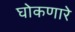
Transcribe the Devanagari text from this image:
घोकणारे